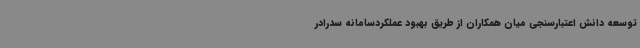
توسعه دانش اعتبارسنجی میان همکاران از طریق بهبود عملکردسامانه سدرادر